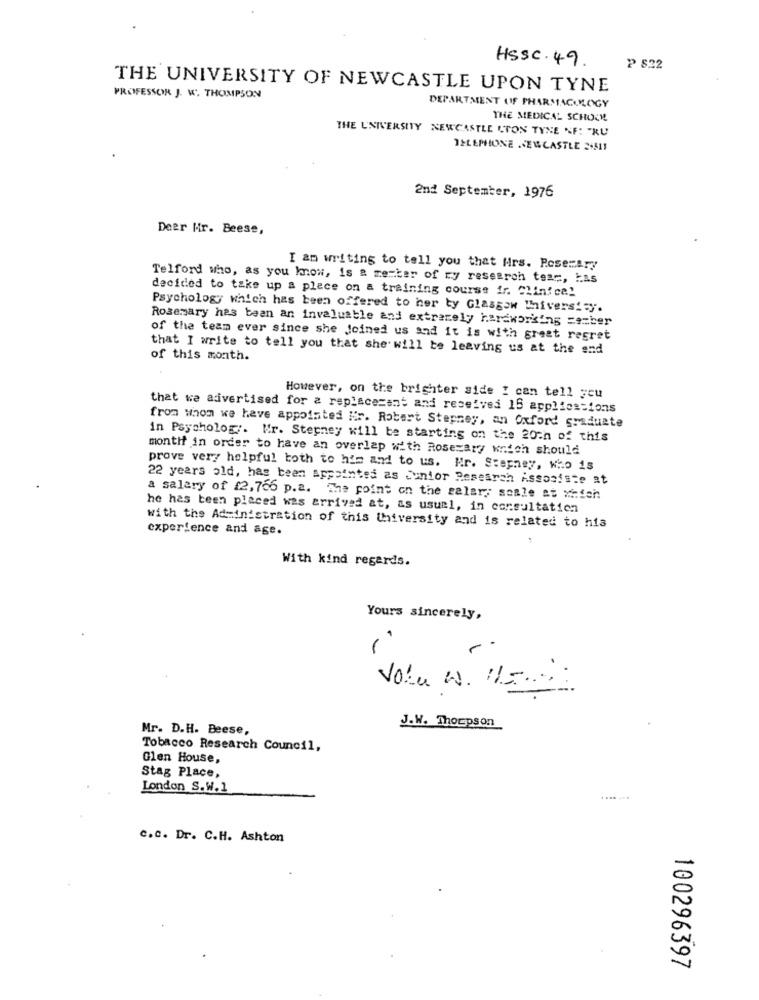
HSSc.49
₱ 822
THE UNIVERSITY OF NEWCASTLE UPON TYNE
PROFESSOR J. W. THOMPSON
DEPARTMENT OF PHARMACOLOGY
THE MEDICAL SCHOCK
THE UNIVERSITY NEWCASTLE LTON TYNE NF: "RU
TELEPHONE NEWCASTLE 24511
2nd September, 1976
Deer Mr. Beese,
I am writing to tell you that Hrs. Posezary
Telford who, as you know, is a member of ry research team, LAS
decided to take up a place on a training course ir. Clinica!
Psychology which has been offered to her ty Glasgow "hniversity.
Rosemary has been an invaluable and extremely hardworking cember
of the team ever since she Joined us and it is with great regret
that I write to tell you that she will be leaving us at the end
of this month.
However, on the brighter side I can tell you
that we advertised for a replacezant and received 15 applications
from whom we have appointed Hir. Robert Stepney, an Oxford graduate
in Psychology. Mr. Stepney will be starting on the 20th of this
montif in order to have an overlap with Rosezary wnich should
prove very helpful both to him and to us. Hr. Stepney, Who is
22 years old, has been Appointed as Junior Research Assosiste at
a salary of £2,766 p.a. The point on the salar; somle at which
he has been placed was arrived at, as usual, in consultation
with the Administration of this Ihiversity and is related to his
experience and age.
With kind regards.
Yours sincerely,
-
Volu W. 115 ...
J.W. Thompson
Mr. D.H. Beese,
Tobacco Research Council,
Glen House,
Stag Place,
London S.W.1
.... ....
c.C. Dr. C.H. Ashton
100296397